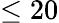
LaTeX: \le 20